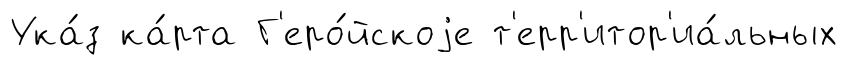
Ука́з ка́рта Г'еро́йскоjе т'ерр'итор'иа́льных